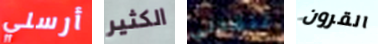
أرسلي الكثير تنقذني القرون